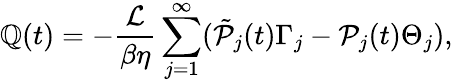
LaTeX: \mathbb{Q}(t)=-\frac{{\mathcal{{L}}}}{{\beta\eta}}\sum_{j=1}^{\infty}(\tilde{{\mathcal{{P}}}}_{j}(t)\Gamma_{j}-\mathcal{{P}}_{j}(t)\Theta_{j}),